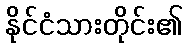
နိုင်ငံသားတိုင်း၏